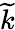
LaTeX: \widetilde{k}